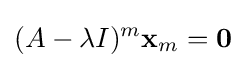
(A-\lambda I)^{m}\mathbf {x} _{m}=\mathbf {0}